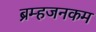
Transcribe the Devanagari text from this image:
ब्रम्हजनकम